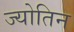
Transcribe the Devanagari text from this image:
ज्‍योतिन